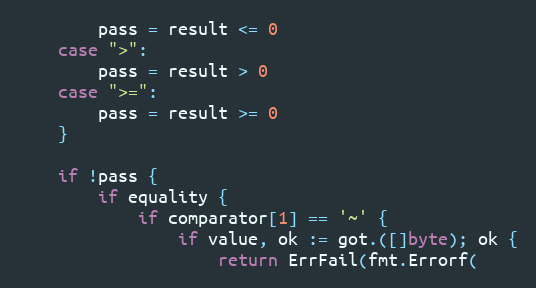
Language: Go
		pass = result <= 0
	case ">":
		pass = result > 0
	case ">=":
		pass = result >= 0
	}

	if !pass {
		if equality {
			if comparator[1] == '~' {
				if value, ok := got.([]byte); ok {
					return ErrFail(fmt.Errorf(